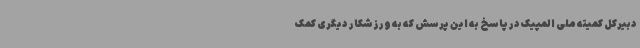
دبیرکل کمیته ملی المپیک در پاسخ به این پرسش که به ورزشکار دیگری کمک